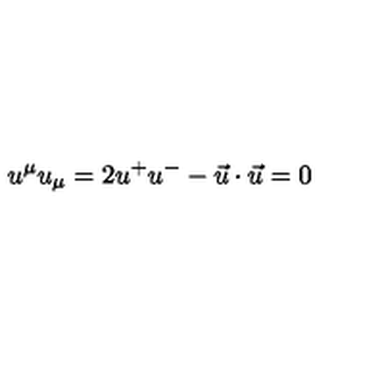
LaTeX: u ^ { \mu } u _ { \mu } = 2 u ^ { + } u ^ { - } - \vec { u } \cdot \vec { u } = 0